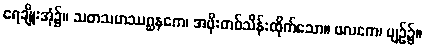
ရေချိုးအုံ၌။ သတသဟဿဂ္ဃနကေ၊ အဖိုးတစ်သိန်းထိုက်သော။ ဖလကေ၊ ပျဉ်၌။